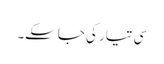
سی تیار کی جاسکے۔